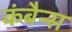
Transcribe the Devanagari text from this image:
कंबैन्स